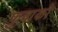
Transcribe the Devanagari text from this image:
फुवाको